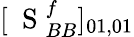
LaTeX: [\mathrm{~\mathbf~S~}_{BB}^{f}]_{01,01}